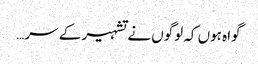
گواہ ہوں کہ لوگوں نے تشہیر کے سر…